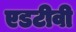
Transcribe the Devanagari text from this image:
एडटीवी